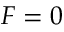
F = 0